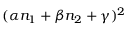
( \alpha n _ { 1 } + \beta n _ { 2 } + \gamma ) ^ { 2 }